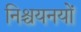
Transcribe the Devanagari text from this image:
निश्चयनयों